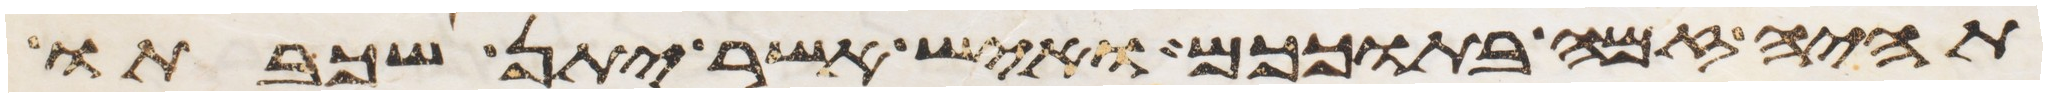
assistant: תהיה זמה בתוככם ואיש אשר יתן שכבתו